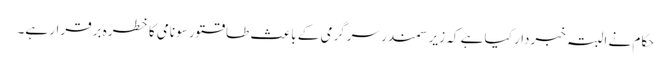
حکام نے البتہ خبردار کیا ہے کہ زیر سمندر سرگرمی کے باعث طاقتور سونامی کا خطرہ برقرار ہے۔